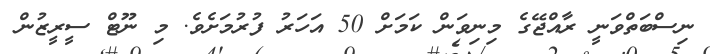
ނިސްބަތްވަނީ ރާއްޖޭގެ މިނިވަން ކަމަށް 50 އަހަރު ފުރުމަށެވެ. މި ނޫޓް ސީރީޒުން